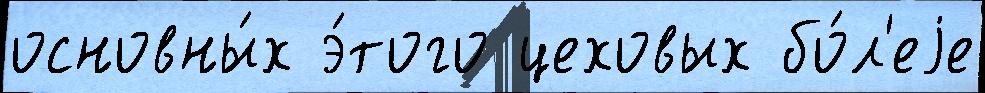
основны́х э́того цеховых бо́л'еjе